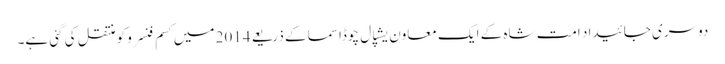
دوسری جائیداد امت شاہ کے ایک معاون یشپال چوڈاسما کے ذریعے 2014 میں کسم فِنسرو کو منتقل کی گئی ہے۔